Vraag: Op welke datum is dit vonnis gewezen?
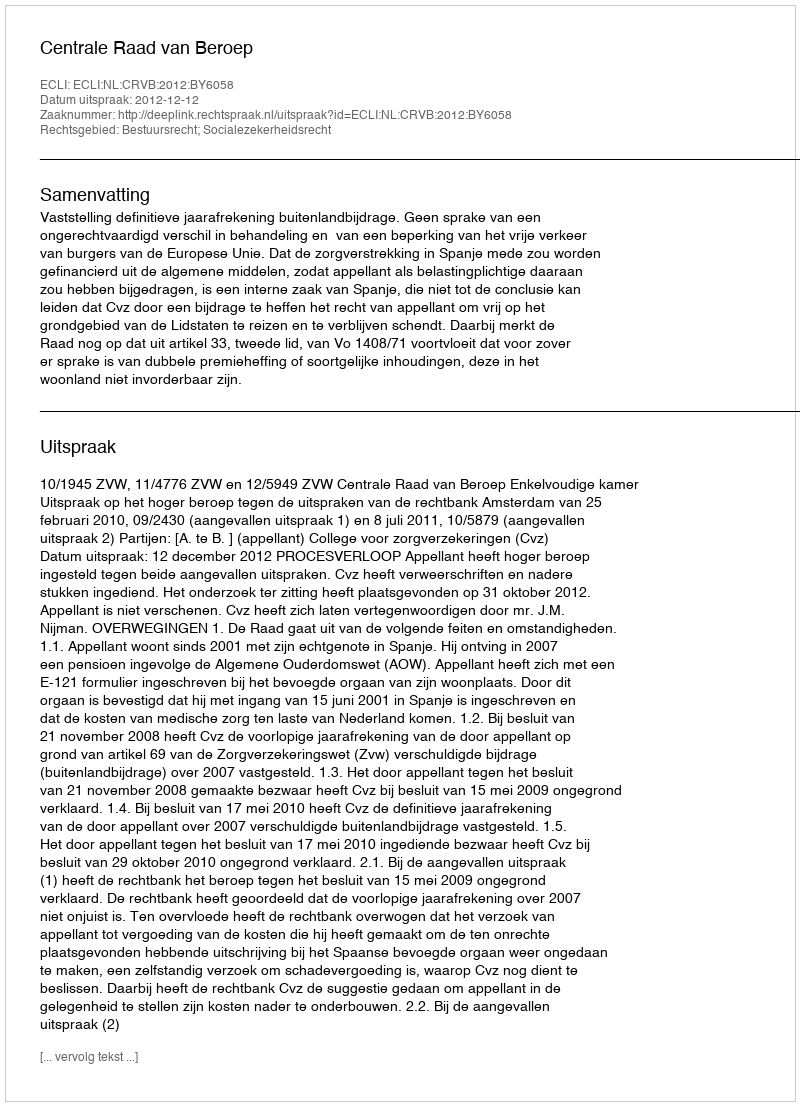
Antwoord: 2012-12-12